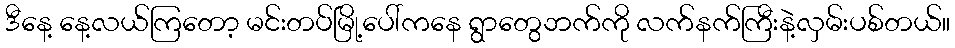
ဒီနေ့ နေ့လယ်ကြတော့ မင်းတပ်မြို့ပေါ်ကနေ ရွာတွေဘက်ကို လက်နက်ကြီးနဲ့လှမ်းပစ်တယ်။